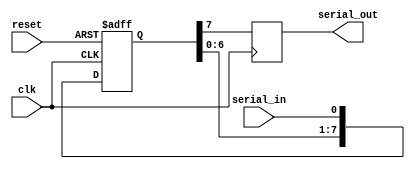
module SISO_shift_register(
    input wire clk,
    input wire reset,
    input wire serial_in,
    output reg serial_out
);

reg [7:0] shift_reg;

always @(posedge clk or posedge reset) begin
    if (reset)
        shift_reg <= 8'b0;
    else begin
        shift_reg <= {shift_reg[6:0], serial_in};
    end
end

always @(posedge clk) begin
    serial_out <= shift_reg[7];
end

endmodule